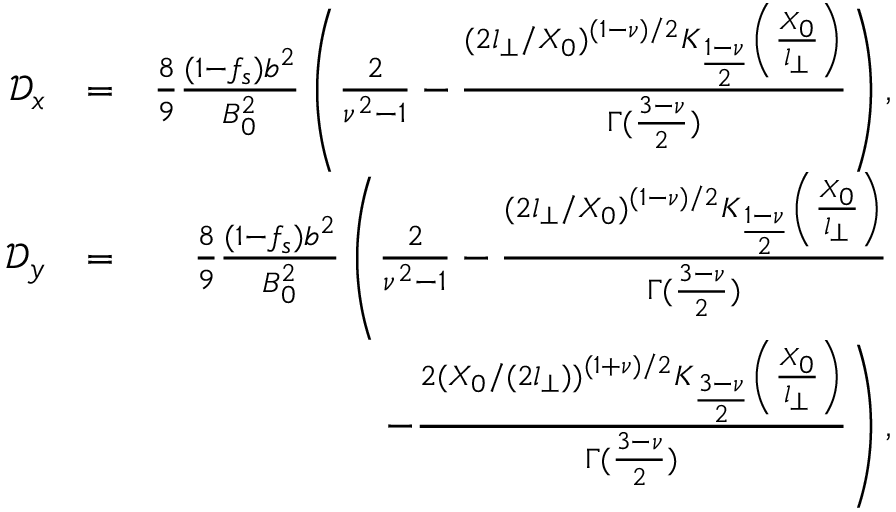
\begin{array} { r l r } { \mathcal { D } _ { x } } & { = } & { \frac { 8 } { 9 } \frac { ( 1 - f _ { s } ) b ^ { 2 } } { B _ { 0 } ^ { 2 } } \left( \frac { 2 } { \nu ^ { 2 } - 1 } - \frac { ( 2 l _ { \perp } / X _ { 0 } ) ^ { ( 1 - \nu ) / 2 } K _ { \frac { 1 - \nu } { 2 } } \left( \frac { X _ { 0 } } { l _ { \perp } } \right) } { \Gamma ( \frac { 3 - \nu } { 2 } ) } \right) , } \\ { \mathcal { D } _ { y } } & { = } & { \frac { 8 } { 9 } \frac { ( 1 - f _ { s } ) b ^ { 2 } } { B _ { 0 } ^ { 2 } } \left( \frac { 2 } { \nu ^ { 2 } - 1 } - \frac { ( 2 l _ { \perp } / X _ { 0 } ) ^ { ( 1 - \nu ) / 2 } K _ { \frac { 1 - \nu } { 2 } } \left( \frac { X _ { 0 } } { l _ { \perp } } \right) } { \Gamma ( \frac { 3 - \nu } { 2 } ) } \right. } \\ & { } & { \left. - \frac { 2 ( X _ { 0 } / ( 2 l _ { \perp } ) ) ^ { ( 1 + \nu ) / 2 } K _ { \frac { 3 - \nu } { 2 } } \left( \frac { X _ { 0 } } { l _ { \perp } } \right) } { \Gamma ( \frac { 3 - \nu } { 2 } ) } \right) , } \end{array}